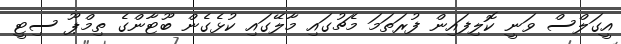
އީގަލްސް ވަނީ ކޮލިފައިން ފުރަތަމަ މެޗުގައި މާލޭގައި ކުޅެގެން ބޫޓާންގެ ތިމްޕޫ ސިޓީ